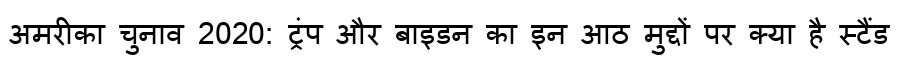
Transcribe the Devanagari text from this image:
अमरीका चुनाव 2020: ट्रंप और बाइडन का इन आठ मुद्दों पर क्या है स्टैंड